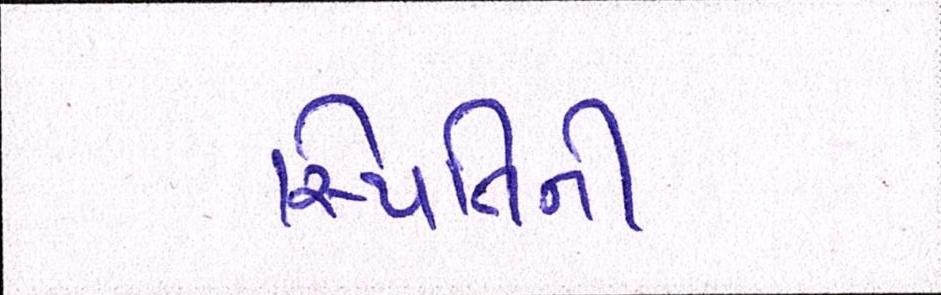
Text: સ્થિતિની